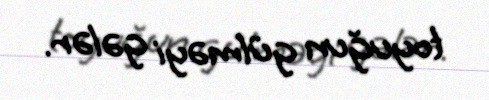
toyuğun gülməyi gələr.